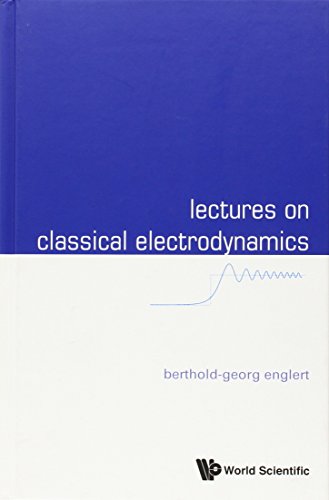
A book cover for Lectures on Classical Electrodynamics; Berthold-Georg Englert; Science & Math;